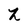
Character: Z